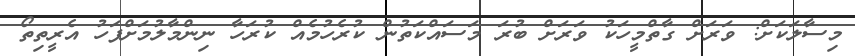
މިސާލަކަށް: ވަރަށް ގާތްމީހަކު ވަރަށް ބުރަ މަސައްކަތުން ކުރެހުމެއް ކުރަހާ ނިންމާލުމަށްފަހު އެރީތިތޯ